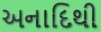
અનાદિથી